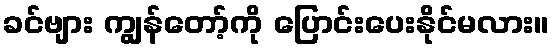
ခင်ဗျား ကျွန်တော့်ကို ပြောင်းပေးနိုင်မလား။